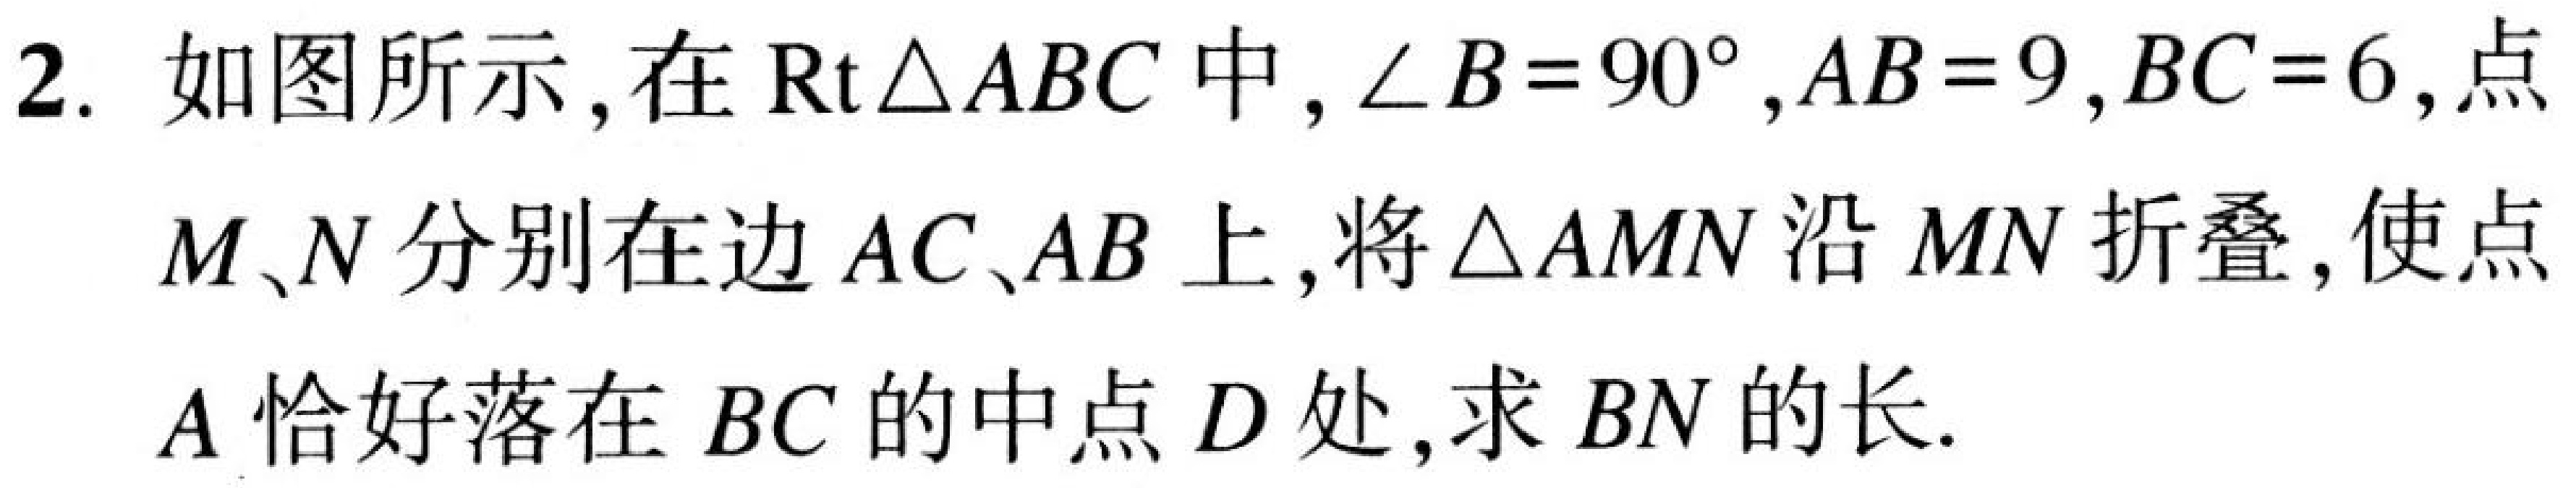
2. 如图所示，在\(\text{Rt}\triangle ABC\)中，\(\angle B = 90^{\circ},AB = 9,BC = 6\)，点\(M、N\)分别在边\(AC、AB\)上，将\(\triangle AMN\)沿\(MN\)折叠，使点\(A\)恰好落在\(BC\)的中点\(D\)处，求\(BN\)的长.